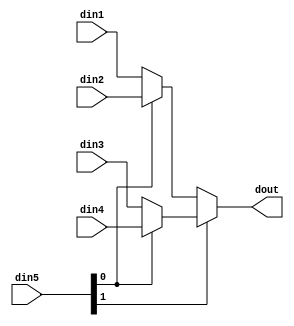
module sp_mux_4to1_sel2_7_1 #(
parameter
    ID                = 0,
    NUM_STAGE         = 1,
    din1_WIDTH       = 32,
    din2_WIDTH       = 32,
    din3_WIDTH       = 32,
    din4_WIDTH       = 32,
    din5_WIDTH         = 32,
    dout_WIDTH            = 32
)(
    input  [6 : 0]     din1,
    input  [6 : 0]     din2,
    input  [6 : 0]     din3,
    input  [6 : 0]     din4,
    input  [1 : 0]    din5,
    output [6 : 0]   dout);
wire [1 : 0]     sel;
wire [6 : 0]         mux_1_0;
wire [6 : 0]         mux_1_1;
wire [6 : 0]         mux_2_0;
assign sel = din5;
assign mux_1_0 = (sel[0] == 0)? din1 : din2;
assign mux_1_1 = (sel[0] == 0)? din3 : din4;
assign mux_2_0 = (sel[1] == 0)? mux_1_0 : mux_1_1;
assign dout = mux_2_0;
endmodule